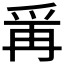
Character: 𭶭